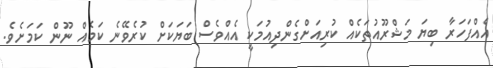
އެއްފަހަރާ ބިޔަ މަޝްރޫއުތަކެއް ކުރިއަށްގެންދިއުމަކީ އެއްވެސް ބަޔަކަށް ކުރެވޭނެ ކަމެއް ނޫން ކަމަށެވެ.